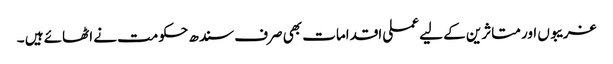
غریبوں اور متاثرین کے لیے عملی اقدامات بھی صرف سندھ حکومت نے اٹھائے ہیں ۔